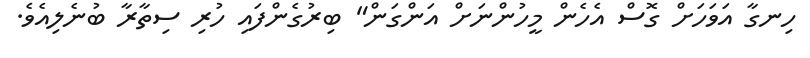
ހިނގާ އަވަހަށް ގޮސް އެހެން މީހުންނަށް އަންގަން" ބިރުގެންފައި ހުރި ސިތާރާ ބުނެލިއެވެ.